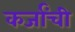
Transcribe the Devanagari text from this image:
कर्जांची